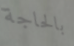
بالحاجة